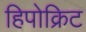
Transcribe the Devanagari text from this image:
हिपोक्रिट